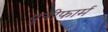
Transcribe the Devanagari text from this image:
यूनीफार्म